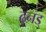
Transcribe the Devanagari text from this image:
ढुनड्